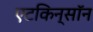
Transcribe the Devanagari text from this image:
एटकिन्सॉन